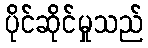
ပိုင်ဆိုင်မှုသည်